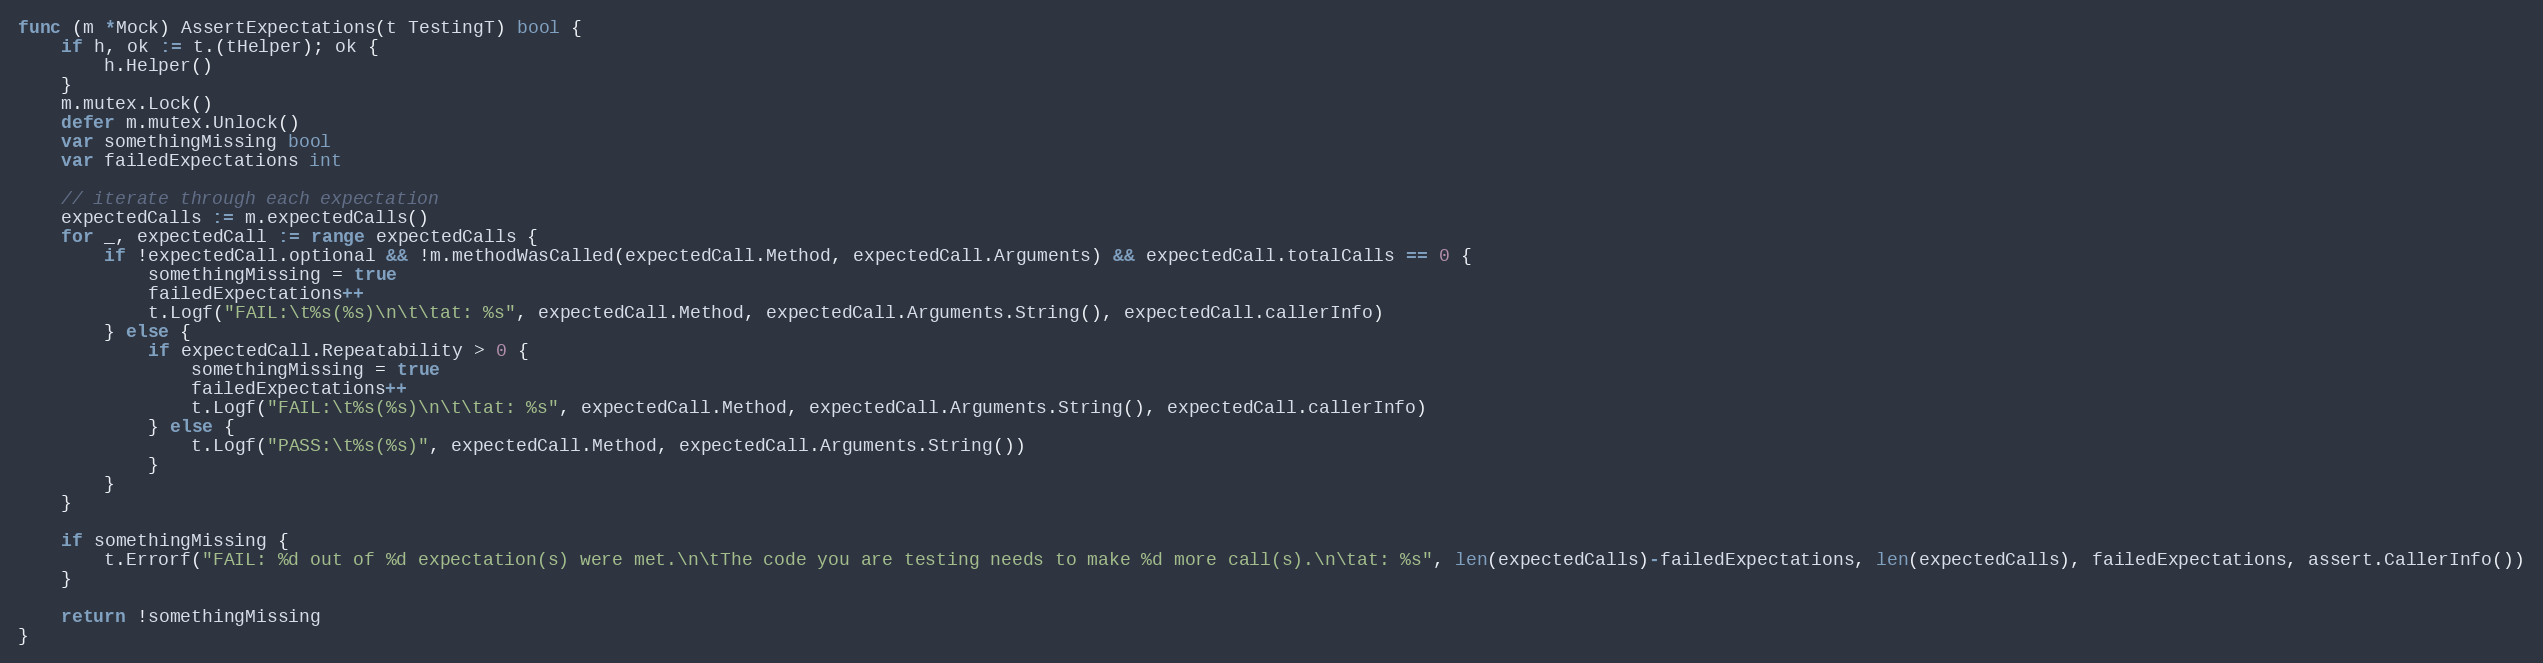
Language: Go
func (m *Mock) AssertExpectations(t TestingT) bool {
	if h, ok := t.(tHelper); ok {
		h.Helper()
	}
	m.mutex.Lock()
	defer m.mutex.Unlock()
	var somethingMissing bool
	var failedExpectations int

	// iterate through each expectation
	expectedCalls := m.expectedCalls()
	for _, expectedCall := range expectedCalls {
		if !expectedCall.optional && !m.methodWasCalled(expectedCall.Method, expectedCall.Arguments) && expectedCall.totalCalls == 0 {
			somethingMissing = true
			failedExpectations++
			t.Logf("FAIL:\t%s(%s)\n\t\tat: %s", expectedCall.Method, expectedCall.Arguments.String(), expectedCall.callerInfo)
		} else {
			if expectedCall.Repeatability > 0 {
				somethingMissing = true
				failedExpectations++
				t.Logf("FAIL:\t%s(%s)\n\t\tat: %s", expectedCall.Method, expectedCall.Arguments.String(), expectedCall.callerInfo)
			} else {
				t.Logf("PASS:\t%s(%s)", expectedCall.Method, expectedCall.Arguments.String())
			}
		}
	}

	if somethingMissing {
		t.Errorf("FAIL: %d out of %d expectation(s) were met.\n\tThe code you are testing needs to make %d more call(s).\n\tat: %s", len(expectedCalls)-failedExpectations, len(expectedCalls), failedExpectations, assert.CallerInfo())
	}

	return !somethingMissing
}